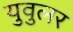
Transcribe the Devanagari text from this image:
युवुलर